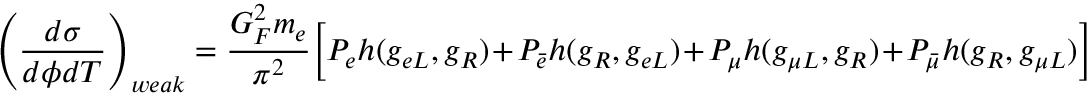
\left( \frac { d \sigma } { d \phi d T } \right) _ { w e a k } = \frac { G _ { F } ^ { 2 } m _ { e } } { \pi ^ { 2 } } \Bigl [ P _ { e } h ( g _ { e L } , g _ { R } ) + P _ { \bar { e } } h ( g _ { R } , g _ { e L } ) + P _ { \mu } h ( g _ { \mu L } , g _ { R } ) + P _ { \bar { \mu } } h ( g _ { R } , g _ { \mu L } ) \Bigr ]